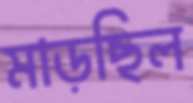
মাড়ছিল